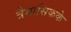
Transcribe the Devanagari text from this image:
त्रैमासिकके